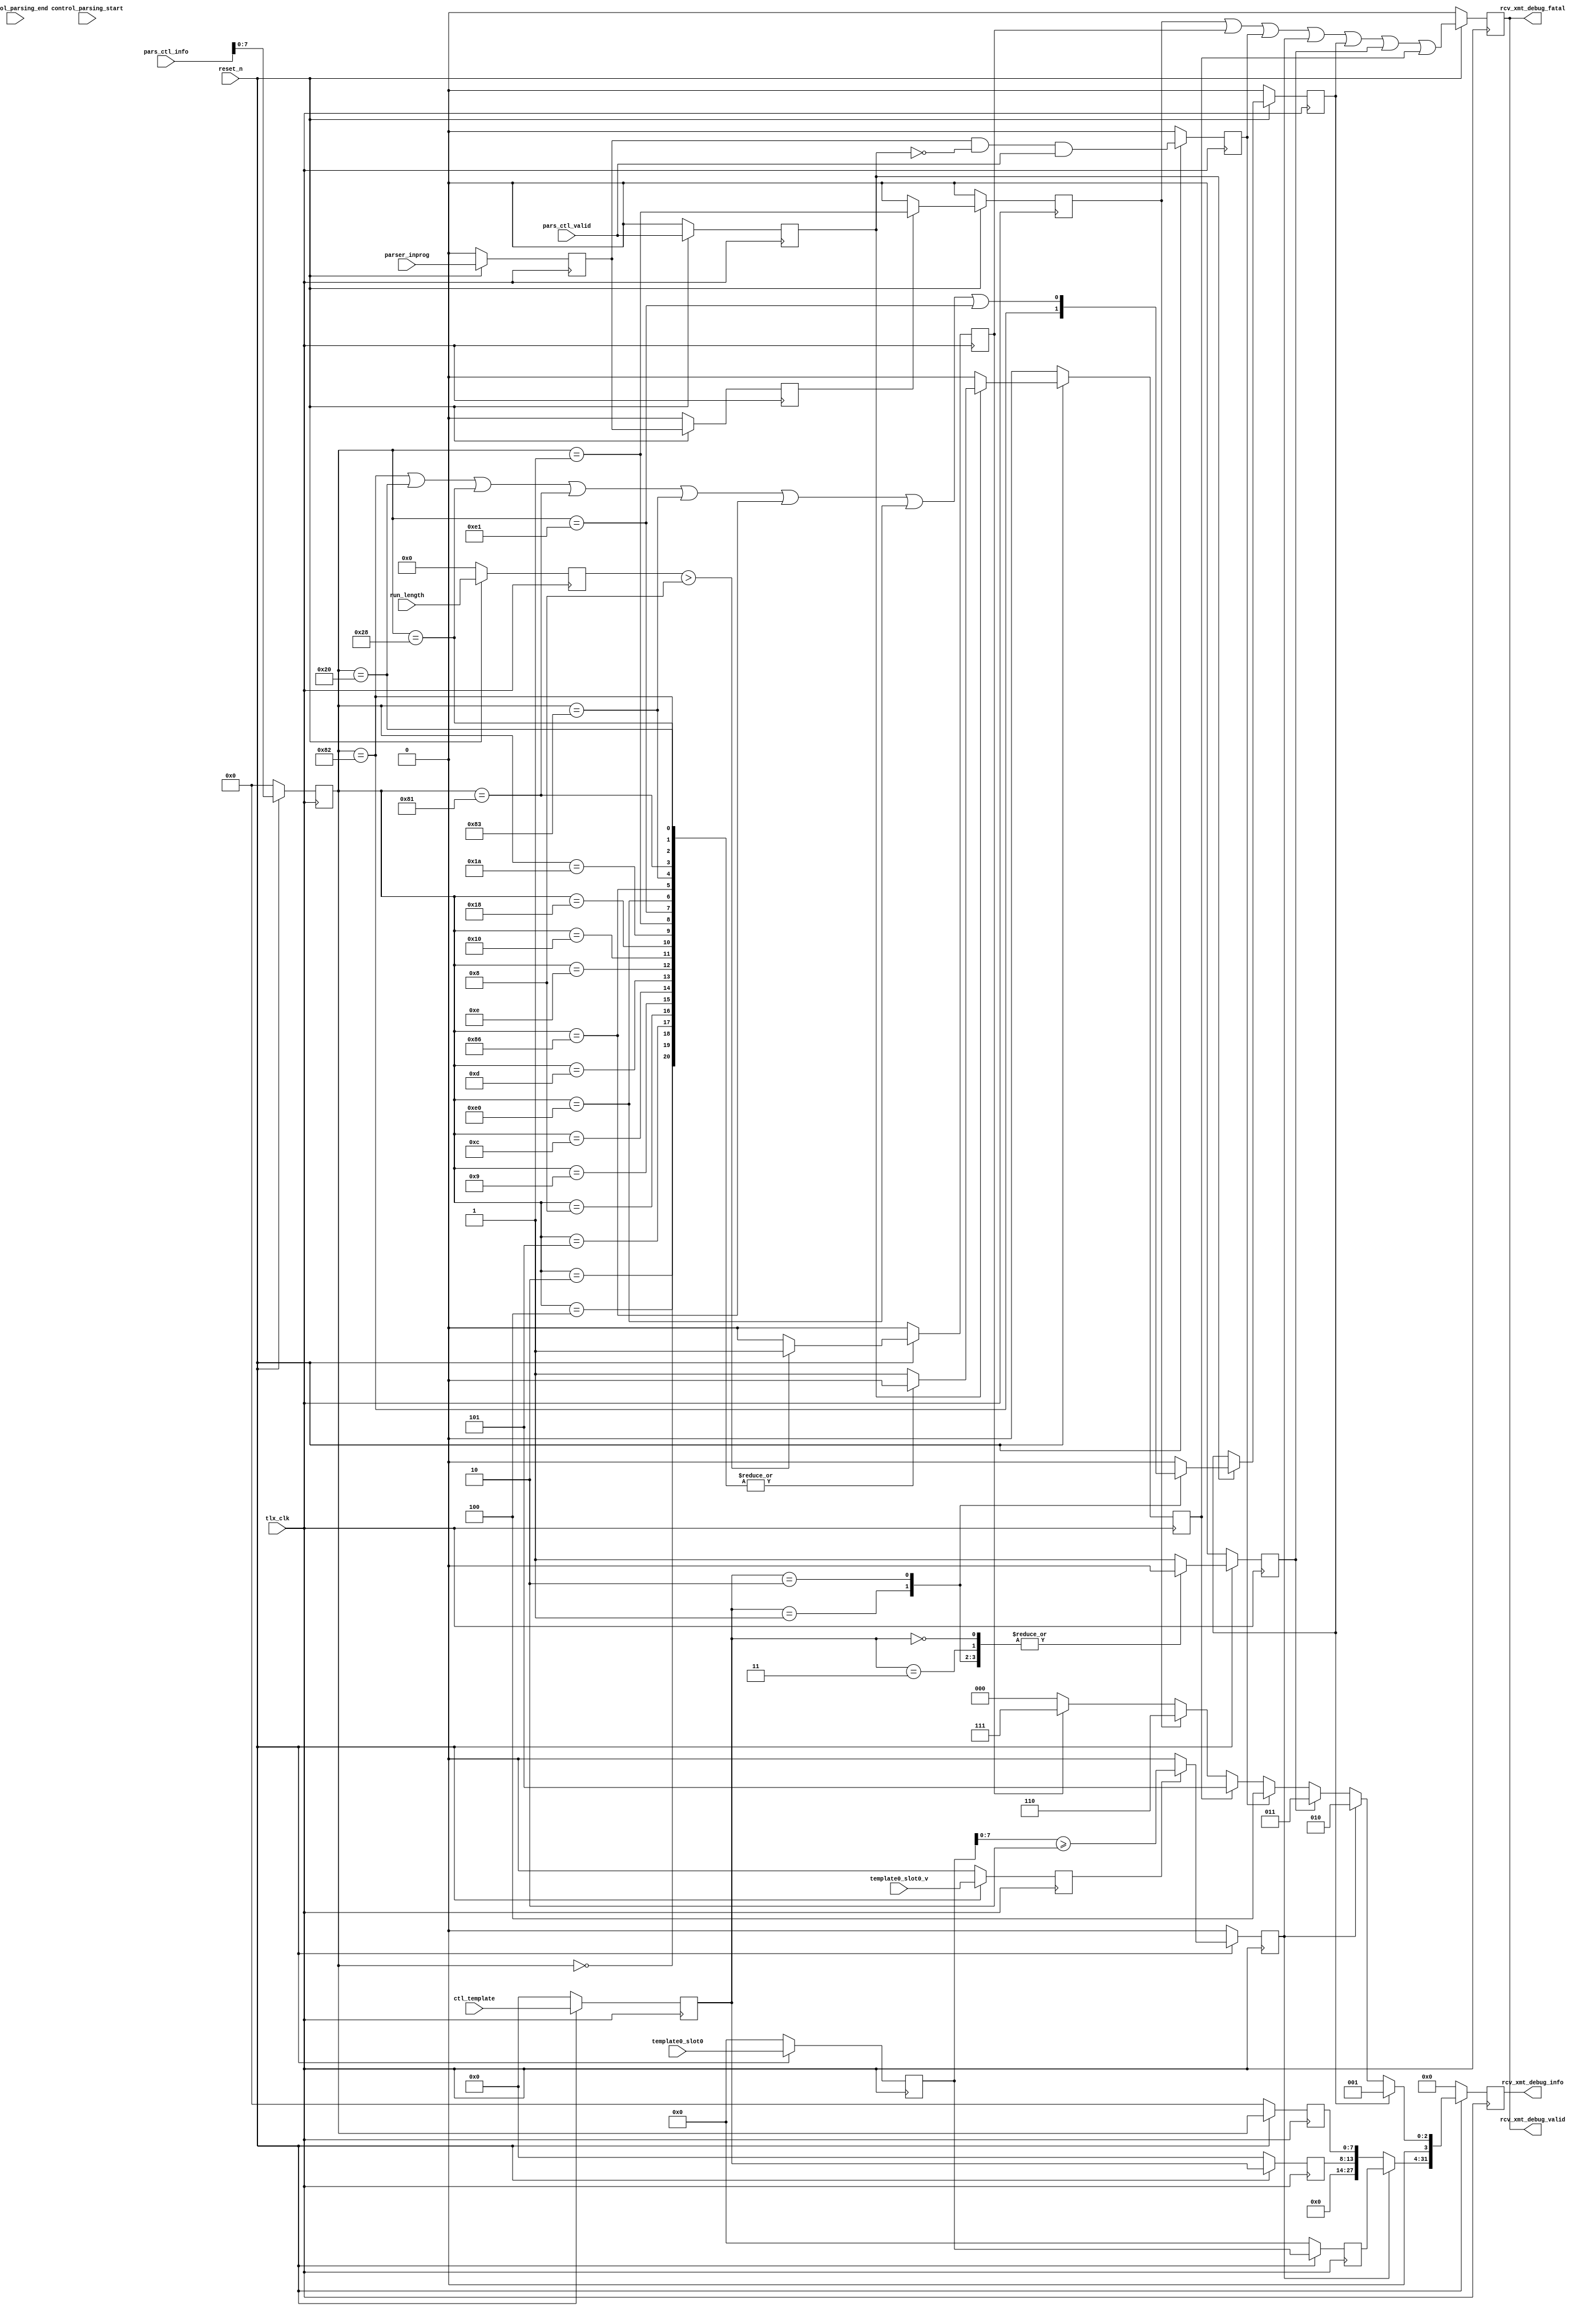
// This program was cloned from: https://github.com/OpenCAPI/ThymesisFlow
// License: Apache License 2.0

// *!***************************************************************************
// *! Copyright 2019 International Business Machines
// *!
// *! Licensed under the Apache License, Version 2.0 (the "License");
// *! you may not use this file except in compliance with the License.
// *! You may obtain a copy of the License at
// *! http://www.apache.org/licenses/LICENSE-2.0 
// *!
// *! The patent license granted to you in Section 3 of the License, as applied
// *! to the "Work," hereby includes implementations of the Work in physical form.  
// *!
// *! Unless required by applicable law or agreed to in writing, the reference design
// *! distributed under the License is distributed on an "AS IS" BASIS,
// *! WITHOUT WARRANTIES OR CONDITIONS OF ANY KIND, either express or implied.
// *! See the License for the specific language governing permissions and
// *! limitations under the License.
// *! 
// *! The background Specification upon which this is based is managed by and available from
// *! the OpenCAPI Consortium.  More information can be found at https://opencapi.org. 
// *!***************************************************************************
`timescale 1ns / 1ps
//////////////////////////////////////////////////////////////////////////////////
// Company: 
// Engineer: 
// 
// Design Name: 
// Module Name: ocx_tlx_parser_err_mac
// Project Name: 
// Target Devices: 
// Tool Versions: 
// Description: 
// 
// Dependencies: 
// 
// Revision:
// Revision 0.01 - File Created
// Additional Comments:
// 
//////////////////////////////////////////////////////////////////////////////////


module ocx_tlx_parser_err_mac(
    //Bad opcode and template combination
    input [5:0] ctl_template,
    input [167:0] pars_ctl_info,//can be used as inprog            
    input pars_ctl_valid,           
    //Bad template x"00" format & control rate limit violation
    input template0_slot0_v,
    input [27:0] template0_slot0,
    input parser_inprog,    
    //Reserved opcode used & return credit command found outside slot 0
    //use pars_info
    //Mismatch between run length and cmd/resp data lengths
    input control_parsing_start,
    input control_parsing_end,
    input [3:0] run_length,
    output [31:0] rcv_xmt_debug_info,
    output rcv_xmt_debug_valid,
    output rcv_xmt_debug_fatal,
    //Unsupported template
    //use ctl_template
    input tlx_clk,
    input reset_n
    );
wire [5:0] ctl_template_din;
reg  [5:0] ctl_template_dout;
wire [5:0] ctl_template_s1_din;
reg  [5:0] ctl_template_s1_dout;
wire [167:0] pars_ctl_info_din;  
reg  [167:0] pars_ctl_info_dout;
wire [167:0] pars_ctl_info_s1_din;  
reg  [167:0] pars_ctl_info_s1_dout;
wire pars_ctl_valid_din;
reg  pars_ctl_valid_dout;   
wire control_parsing_start_din;
reg  control_parsing_start_dout; 
wire control_parsing_end_din;
reg  control_parsing_end_dout;  
wire [3:0] run_length_din;
reg  [3:0] run_length_dout;
wire template0_slot0_v_din;
reg  template0_slot0_v_dout;
wire [27:0] template0_slot0_din;
reg  [27:0] template0_slot0_dout;
wire [27:0] template0_slot0_s1_din;
reg  [27:0] template0_slot0_s1_dout;
wire parser_inprog_din;
reg  parser_inprog_dout;
wire rcv_err_valid_din;
reg  rcv_err_valid_dout;
wire [31:0] rcv_err_info_din;
reg  [31:0] rcv_err_info_dout;
reg  err_resv_opcode_reg; 
reg  err_resv_template_reg;
reg  err_comb_bad_reg;
reg  err_bad_template0_reg;
reg  err_ctl_flit_overrun_reg;
reg  err_invalid_run_length_reg;
reg  err_invalid_credit_reg;
wire parser_inprog_s1_din;
reg  parser_inprog_s1_dout;
always @(posedge tlx_clk)
    begin
        if (!reset_n)
        begin
            ctl_template_dout <= 6'b0;
            ctl_template_s1_dout <= 6'b0;
            pars_ctl_info_dout <= 168'b0;
            pars_ctl_valid_dout <= 1'b0;
            control_parsing_start_dout <= 1'b0;
            control_parsing_end_dout <= 1'b0;
            run_length_dout <= 4'b0;
            err_resv_opcode_reg <= 1'b0;
            template0_slot0_v_dout <= 1'b0;
            template0_slot0_dout <= 28'b0;
            template0_slot0_s1_dout <= 28'b0;
            parser_inprog_dout <= 1'b0;
            err_bad_template0_reg <= 1'b0;
            err_ctl_flit_overrun_reg <= 1'b0;
            err_resv_template_reg <= 1'b0;
            err_comb_bad_reg <= 1'b0;
            err_invalid_run_length_reg <= 1'b0;
            err_invalid_credit_reg <= 1'b0;
            rcv_err_valid_dout <= 1'b0;
            pars_ctl_info_s1_dout <= 168'b0;
            rcv_err_info_dout <= 32'b0;
            parser_inprog_s1_dout <= 1'b0;
        end
        else
        begin
            ctl_template_dout <= ctl_template_din;
            ctl_template_s1_dout <= ctl_template_s1_din;
            pars_ctl_info_dout <= pars_ctl_info_din;
            pars_ctl_valid_dout <= pars_ctl_valid_din;
            control_parsing_start_dout <= control_parsing_start_din;
            control_parsing_end_dout <= control_parsing_end_din;
            run_length_dout <= run_length_din; 
            template0_slot0_v_dout <= template0_slot0_v_din;
            template0_slot0_dout <= template0_slot0_din;
            template0_slot0_s1_dout <= template0_slot0_s1_din;
            parser_inprog_dout <= parser_inprog_din;
            rcv_err_valid_dout <= rcv_err_valid_din;
            pars_ctl_info_s1_dout <= pars_ctl_info_s1_din;
            rcv_err_info_dout <= rcv_err_info_din;
            parser_inprog_s1_dout <= parser_inprog_s1_din;
            //Reserved opcode, comparing against valid opcode for OpenCAPI 3.0
            if(pars_ctl_valid_dout)
            begin
             case (pars_ctl_info_dout[7:0])
                 8'h00: err_resv_opcode_reg <= 1'b0;
                 8'h01: err_resv_opcode_reg <= 1'b0;
                 8'h02: err_resv_opcode_reg <= 1'b0;
                 8'h04: err_resv_opcode_reg <= 1'b0;
                 8'h05: err_resv_opcode_reg <= 1'b0;
                 8'h08: err_resv_opcode_reg <= 1'b0;
                 8'h09: err_resv_opcode_reg <= 1'b0;
                 8'h0c: err_resv_opcode_reg <= 1'b0;
                 8'h0d: err_resv_opcode_reg <= 1'b0;
                 8'h0e: err_resv_opcode_reg <= 1'b0;
                 8'h10: err_resv_opcode_reg <= 1'b0;
                 8'h18: err_resv_opcode_reg <= 1'b0;
                 8'h1a: err_resv_opcode_reg <= 1'b0;
                 8'h20: err_resv_opcode_reg <= 1'b0;
                 8'h28: err_resv_opcode_reg <= 1'b0;
                 8'h81: err_resv_opcode_reg <= 1'b0;
                 8'h82: err_resv_opcode_reg <= 1'b0;
                 8'h83: err_resv_opcode_reg <= 1'b0;
                 8'h86: err_resv_opcode_reg <= 1'b0;
                 8'he0: err_resv_opcode_reg <= 1'b0;
                 8'he1: err_resv_opcode_reg <= 1'b0;
                 default: err_resv_opcode_reg <= 1'b1;
              endcase 
             end
             else
             begin
                err_resv_opcode_reg <= 1'b0;
             end
             //Unsupported template
            case (ctl_template_dout)
                  6'b000001: err_resv_template_reg <= 1'b0;
                  6'b000010: err_resv_template_reg <= 1'b0;
                  6'b000011: err_resv_template_reg <= 1'b0;
                  6'b000000: err_resv_template_reg <= 1'b0;
                  default: err_resv_template_reg <= 1'b1;
            endcase    
                        //Bad opcode/template combination
            if (pars_ctl_valid_dout)
            begin
                case(ctl_template_dout)
                    6'b000001: err_comb_bad_reg <= (pars_ctl_info_dout[7:0] == 8'h82);
                    6'b000010: err_comb_bad_reg <= (pars_ctl_info_dout[7:0] == 8'h82) | (pars_ctl_info_dout[7:0] == 8'h20) | (pars_ctl_info_dout[7:0] == 8'h28) | (pars_ctl_info_dout[7:0] == 8'h81) |
                                                   (pars_ctl_info_dout[7:0] == 8'h83) | (pars_ctl_info_dout[7:0] == 8'h86) | (pars_ctl_info_dout[7:0] == 8'he0) | (pars_ctl_info_dout[7:0] == 8'he1);
                    default: err_comb_bad_reg <= 1'b0;
                endcase
            end
            //Bad template x"00"
            if (template0_slot0_v_dout)
                begin
                err_bad_template0_reg <= (template0_slot0_dout[7:0] >= 8'h02); 
                end
            else
                begin
                err_bad_template0_reg <= 1'b0;
                end
            //Control flit overrun  
            err_ctl_flit_overrun_reg <= parser_inprog_dout & ~pars_ctl_valid_dout & pars_ctl_valid;
            //Invalid Run Length
            if(run_length_dout > 4'b1000)
                begin
                err_invalid_run_length_reg <= 1'b1;
                end
            else
                begin
                err_invalid_run_length_reg <= 1'b0;
                end
            //Return credit outside slot0
            if(parser_inprog_s1_dout)
                begin
                err_invalid_credit_reg <= (pars_ctl_info_dout[7:0] == 8'h01);
                end
            else   
                begin
                err_invalid_credit_reg <= 1'b0;                    
                end
        end                            
    end

//Unused signals
wire unused_intentionally;
assign unused_intentionally = (| {pars_ctl_info_s1_dout[167:8], control_parsing_start_dout, control_parsing_end_dout} );
//
assign ctl_template_din = ctl_template;
assign ctl_template_s1_din = ctl_template_dout;
assign pars_ctl_info_din = pars_ctl_info;
assign pars_ctl_info_s1_din = pars_ctl_info_dout;
assign pars_ctl_valid_din = pars_ctl_valid;
assign control_parsing_start_din = control_parsing_start;
assign control_parsing_end_din = control_parsing_end;
assign run_length_din = run_length;  
assign template0_slot0_v_din = template0_slot0_v;
assign template0_slot0_din = template0_slot0;
assign template0_slot0_s1_din = template0_slot0_dout;
assign parser_inprog_din = parser_inprog; 
assign parser_inprog_s1_din = parser_inprog_dout; 
assign rcv_err_valid_din = err_invalid_credit_reg | err_invalid_run_length_reg | err_ctl_flit_overrun_reg | err_bad_template0_reg | err_comb_bad_reg | err_resv_template_reg | err_resv_opcode_reg; 
assign rcv_err_info_din[31:4] = err_bad_template0_reg ? template0_slot0_s1_dout : {14'b0,ctl_template_s1_dout[5:0], pars_ctl_info_s1_dout[7:0]} ;    
assign rcv_err_info_din[3:0] = err_comb_bad_reg ? 4'h1:
                               err_bad_template0_reg ? 4'h2 :
                               err_resv_template_reg ? 4'h3 :
                               err_ctl_flit_overrun_reg ? 4'h4 :
                               err_resv_opcode_reg ? 4'h5 :
                               err_invalid_credit_reg ? 4'h6 : 
                               err_invalid_run_length_reg ? 4'h7 : 4'h0; 
assign rcv_xmt_debug_info = rcv_err_info_dout;
assign rcv_xmt_debug_valid = rcv_err_valid_dout;
assign rcv_xmt_debug_fatal = rcv_err_valid_dout;


endmodule